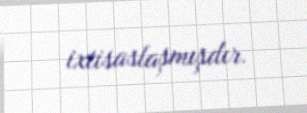
ixtisaslaşmışdır.